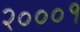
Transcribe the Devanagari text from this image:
२०००१